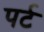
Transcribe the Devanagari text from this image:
पर्ट